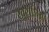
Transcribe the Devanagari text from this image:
खुरालिओ